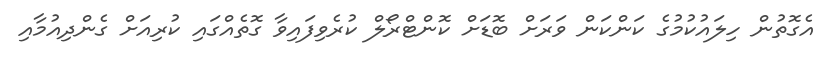
އެގޮތުން ހިލައުކުމުގެ ކަންކަން ވަރަށް ބޮޑަށް ކޮންޓްރޯލް ކުރެވިފައިވާ ގޮތެއްގައި ކުރިއަށް ގެންދިއުމާއި